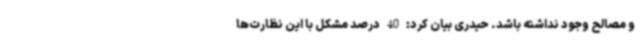
و مصالح وجود نداشته باشد. حیدری بیان کرد: 40 درصد مشکل با این نظارت‌ها